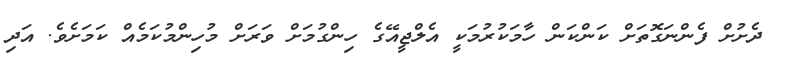
ދެށުށް ފެންނަގޮތަށް ކަންކަން ހާމަކުރުމަކީ އެލްޖީއޭގެ ހިންގުމަށް ވަރަށް މުހިންމުކަމެއް ކަމަށެވެ. އަދި